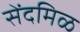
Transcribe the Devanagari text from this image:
सेंदमिळ